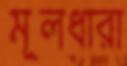
মূলধারা